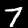
Label: 7